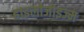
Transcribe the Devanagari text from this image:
हाइलोजोइज्म